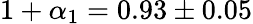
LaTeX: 1+\alpha_{1}=0.93\pm 0.05